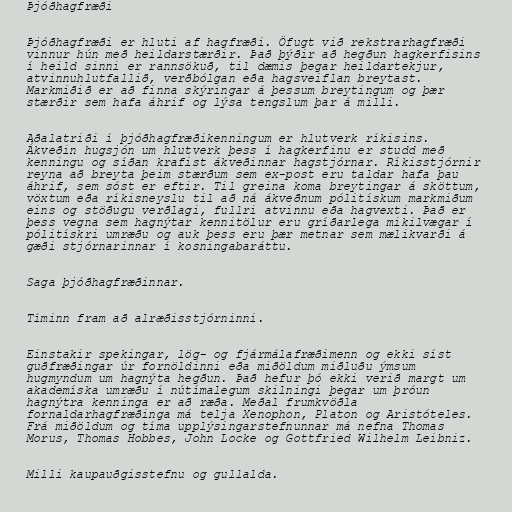
Þjóðhagfræði

Þjóðhagfræði er hluti af hagfræði. Öfugt við rekstrarhagfræði
vinnur hún með heildarstærðir. Það þýðir að hegðun hagkerfisins
í heild sinni er rannsökuð, til dæmis þegar heildartekjur,
atvinnuhlutfallið, verðbólgan eða hagsveiflan breytast.
Markmiðið er að finna skýringar á þessum breytingum og þær
stærðir sem hafa áhrif og lýsa tengslum þar á milli.

Aðalatriði í þjóðhagfræðikenningum er hlutverk ríkisins.
Ákveðin hugsjón um hlutverk þess í hagkerfinu er studd með
kenningu og síðan krafist ákveðinnar hagstjórnar. Ríkisstjórnir
reyna að breyta þeim stærðum sem ex-post eru taldar hafa þau
áhrif, sem sóst er eftir. Til greina koma breytingar á sköttum,
vöxtum eða ríkisneyslu til að ná ákveðnum pólitískum markmiðum
eins og stöðugu verðlagi, fullri atvinnu eða hagvexti. Það er
þess vegna sem hagnýtar kennitölur eru gríðarlega mikilvægar í
pólitískri umræðu og auk þess eru þær metnar sem mælikvarði á
gæði stjórnarinnar í kosningabaráttu.

Saga þjóðhagfræðinnar.

Tíminn fram að alræðisstjórninni.

Einstakir spekingar, lög- og fjármálafræðimenn og ekki síst
guðfræðingar úr fornöldinni eða miðöldum miðluðu ýmsum
hugmyndum um hagnýta hegðun. Það hefur þó ekki verið margt um
akademíska umræðu í nútímalegum skilningi þegar um þróun
hagnýtra kenninga er að ræða. Meðal frumkvöðla
fornaldarhagfræðinga má telja Xenophon, Platon og Aristóteles.
Frá miðöldum og tíma upplýsingarstefnunnar má nefna Thomas
Morus, Thomas Hobbes, John Locke og Gottfried Wilhelm Leibniz.

Milli kaupauðgisstefnu og gullalda.